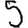
Digit: 5